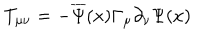
T _ { \mu \nu } = - \overline { { { \Psi } } } ( x ) \Gamma _ { \mu } \partial _ { \nu } \Psi ( x )